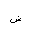
Letter: _dad